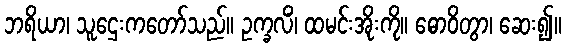
ဘရိယာ၊ သူဌေးကတော်သည်။ ဥက္ခလိံ၊ ထမင်းအိုးကို။ ဓောဝိတွာ၊ ဆေး၍။